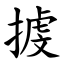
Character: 㨜